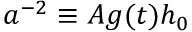
a ^ { - 2 } \equiv A g ( t ) h _ { 0 }